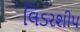
લિડરશીપ